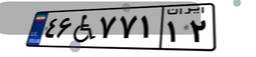
۴۶W۷۷۱۱۲